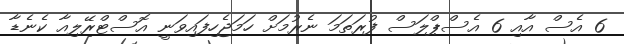
6 އެސް އާއި 6 އެސްޕްލަސް ފުރަތަމަ ނެރުމަށް ހަމަޖެހިފައިވަނީ އޮސްޓްރޭލިއާ ކެނެޑާ